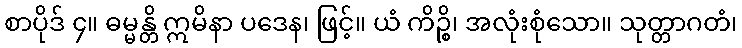
စာပိုဒ် ၄။ ဓမ္မန္တိ ဣမိနာ ပဒေန၊ ဖြင့်။ ယံ ကိဉ္စိ၊ အလုံးစုံသော။ သုတ္တာဂတံ၊